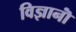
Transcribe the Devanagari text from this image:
विज्ञानॊं